Report on leprosy in the North-Western Provinces
Disease focus: Leprosy
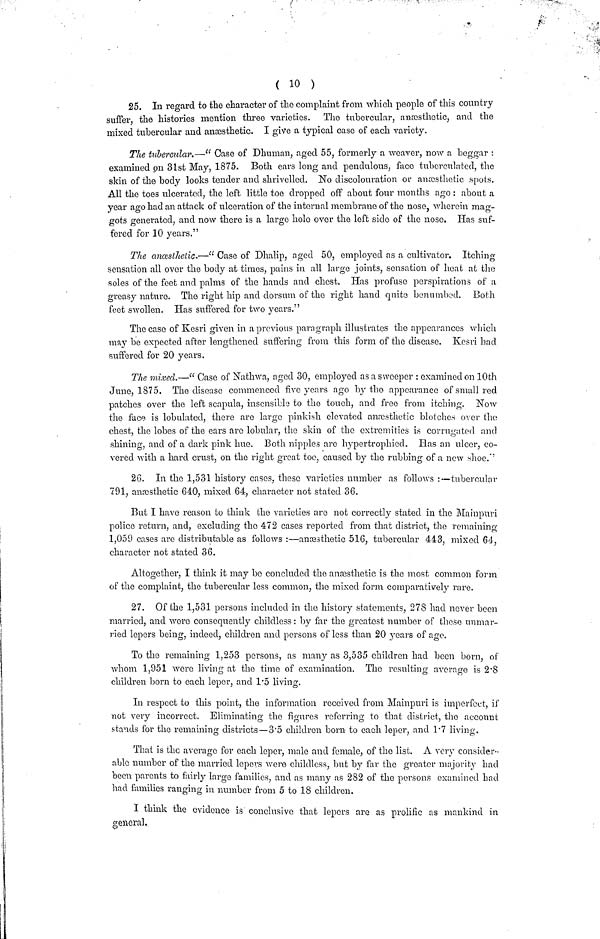
25. In regard to the character of the complaint from which people of this country
suffer the histories mention three varieties. The tubercular, anaesthetic, and the
mixed tubercular and anaesthetic. I give a typical case of each variety.
The tubercular.—" Case of Dhuman, aged 55, formerly a weaver, now a beggar :
examined on 31st May, 1875. Both ears long and pendulous, face tubcrculated, the
skin of the body looks tender and shrivelled. No discolouration or anaesthetic spots.
All the toes ulcerated, the left little toe dropped off about four months ago : about a
year ago had an attack of ulceration of the internal membrane of the nose, wherein mag-
gots generated, and now there is a largo hole over the left side of the nose. Has suf-
fered for 10 years."
The anœsthetic.—" Case of Dhalip, aged 50, employed as a cultivator. Itching
sensation all over the body at times, pains in all large joints, sensation of heat at the
soles of the feet and palms of the hands and chest. Has profuse perspirations of a
greasy nature. The right hip and dorsum of the right hand quite benumbed. Both
feet swollen. Has suffered for two years."
The case of Kesri given in a previous paragraph illustrates the appearances which
may be expected after lengthened suffering from this form of the disease. Kesri had
suffered for 20 years.
The mixed.—" Case of Nathwa, aged 30, employed as a sweeper : examined on 10th
June, 1875. The disease commenced five years ago by the appearance of small red
patches over the left scapula, insensible to the touch, and free from itching. Now
the face is tabulated, there are largo pinkish elevated anaesthetic blotches over the
chest, the lobes of the ears are tabular, the skin of the extremities is corruirated and
shining, and of a dark pink hue. Both nipples are hypertrophied. Has an ulcer, co-
vered with a hard crust, on the right great toe, caused by the rubbing of a new shoe."
26. In the 1,531 history cases, these varieties number as follows :—tubercular
791, anaesthetic 640, mixed 64, character not stated 36.
But I have reason to think the varieties are not correctly stated in the Mainpuri
police return, and, excluding the 472 cases reported from that district, the remaining
1,059 cases arc distributable as follows :—anaesthetic 516, tubercular 443, mixed 64,
character not stated 36.
Altogether, I think it may bo concluded the anaesthetic is the most common form
of the complaint, the tubercular less common, the mixed form comparatively rare.
27. Of the 1,531 persons included in the history statements, 278 had never been
married, and wore consequently childless : by far the greatest number of these unmar-
ried lepers being, indeed, children and persons of less than 20 years of age.
To the remaining 1,253 persons, as many as 3,535 children had been born, of
whom 1,951 were living at the time of examination. The resulting average is 2.8
children born to each leper, and 1.5 living.
In respect to this point, the information received from Mainpuri is imperfect, if
not very incorrect. Eliminating the figures referring to that district, the account
stands for the remaining districts—3.5 children born to each leper, and 1.7 living.
That is the average for each leper, male and female, of the list. A very consider-
able number of the married lepers were childless, but by for the greater majority had
been parents to fairly large families, and as many as 282 of the persons examined had
had families ranging in number from 5 to 18 children.
I think the evidence is conclusive that lepers are as prolific as mankind in
general.